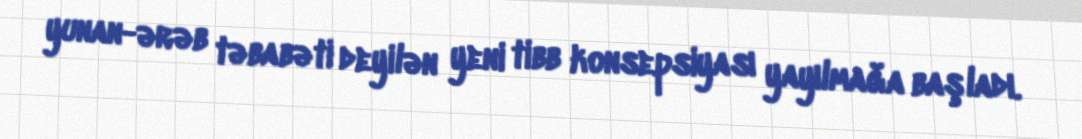
yunan-ərəb təbabəti deyilən yeni tibb konsepsiyası yayılmağa başladı.